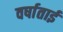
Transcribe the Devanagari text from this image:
वर्षाताई